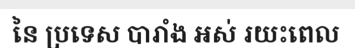
នៃ ប្រទេស បារាំង អស់ រយះពេល